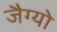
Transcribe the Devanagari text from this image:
जैग्यो